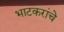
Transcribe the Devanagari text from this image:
भाटकरांचे